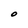
Character: O